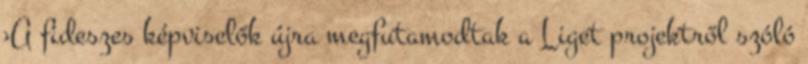
›A fideszes képviselők újra megfutamodtak a Liget projektről szóló